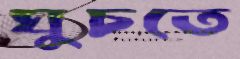
ঘুচতে